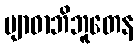
ဗျာဓာဘိဘူတေန